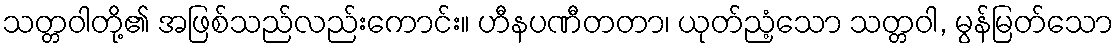
သတ္တဝါတို့၏ အဖြစ်သည်လည်းကောင်း။ ဟီနပဏီတတာ၊ ယုတ်ညံ့သော သတ္တဝါ, မွန်မြတ်သော